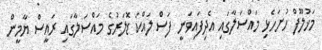
މަޚުލޫފް ހުށަހެޅި މައްސަލާގައި އެދިފައިވަނީ ފަސް ލައްކަ ޑޮލަރުގެ މައްސަލާގައި ރައީސް ޔާމީން